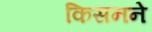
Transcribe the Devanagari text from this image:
किसनने